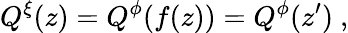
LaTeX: Q^{\xi}(z)=Q^{\phi}(f(z))=Q^{\phi}(z^{\prime})\ ,